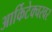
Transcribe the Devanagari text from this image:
आर्किटेक्चरवर